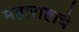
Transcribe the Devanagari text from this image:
महाराष्टाचे